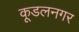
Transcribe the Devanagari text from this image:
कूडलनगर